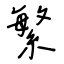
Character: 繁